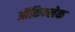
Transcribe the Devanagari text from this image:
ऑकिन्लेक